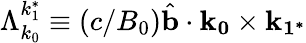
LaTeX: \Lambda_{k_{0}}^{k_{1}^{*}}\equiv(c/B_{0})\hat{\mathbf{b}}\cdot\mathbf{k_{0}}\times\mathbf{k_{1^{*}}}